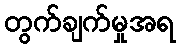
တွက်ချက်မှုအရ